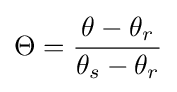
\Theta ={\frac {\theta -\theta _{r}}{\theta _{s}-\theta _{r}}}